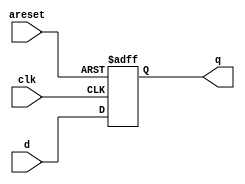
module top_module (
    //clocking signal cannot  be referenced anywhere in the always block 
    input clk,
    input areset,   // active high asynchronous reset
    input [7:0] d,
    output [7:0] q
);
    always @ (posedge clk or posedge areset ) begin
        //this is an active high  asynchronous reset
        if (areset==1'b1) q<= 1'b0;
        else q <= d;
    end
endmodule